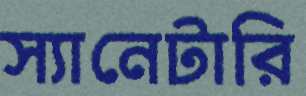
স্যানেটারি